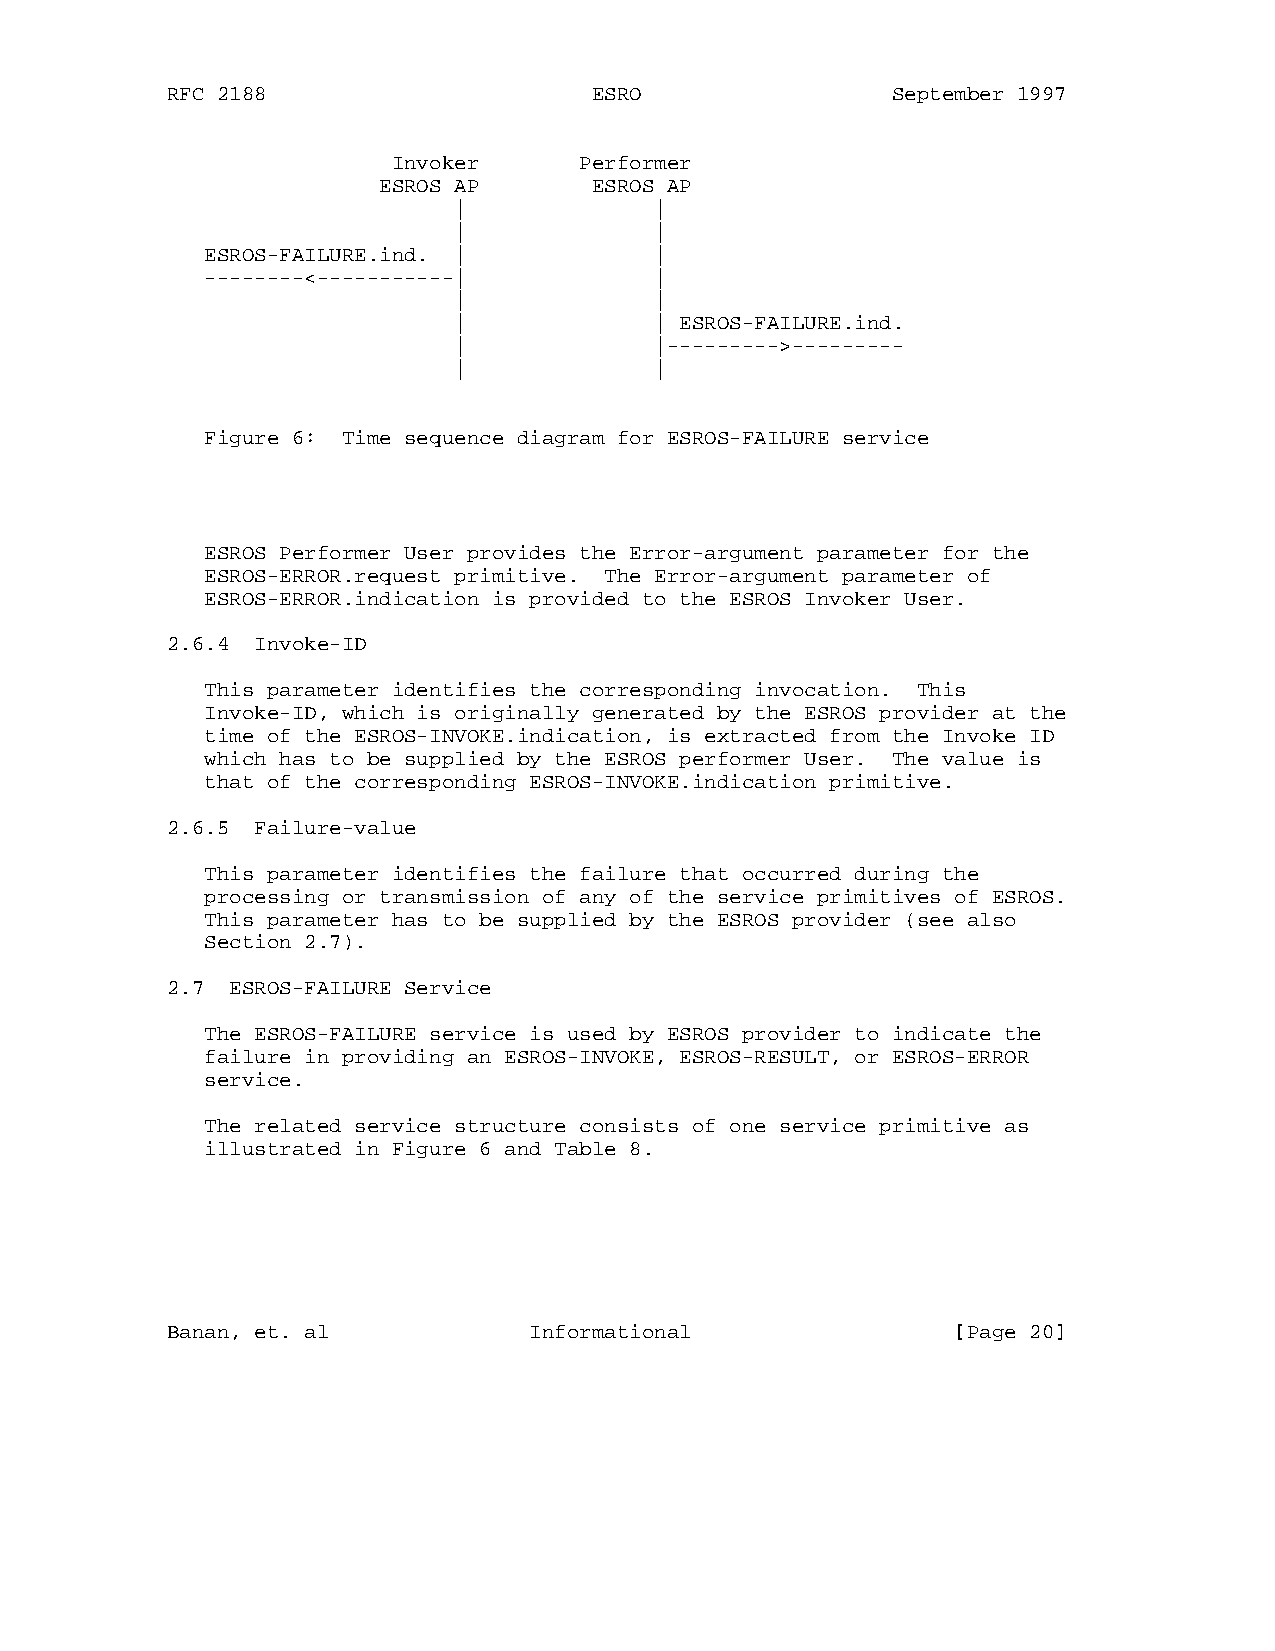
RFC 2188                    ESRO                September 1997
 Invoker     Performer
 ESROS AP      ESROS AP
 |            |
 |            |
 ESROS-FAILURE.ind. |         |
 --------<-----------|        |
 |            |
 |            | ESROS-FAILURE.ind.
 |            |--------->---------
 |            |
 Figure 6: Time sequence diagram for ESROS-FAILURE service
 ESROS Performer User provides the Error-argument parameter for the
 ESROS-ERROR.request primitive. The Error-argument parameter of
 ESROS-ERROR.indication is provided to the ESROS Invoker User.
 2.6.4 Invoke-ID
 This parameter identifies the corresponding invocation. This
 Invoke-ID, which is originally generated by the ESROS provider at the
 time of the ESROS-INVOKE.indication, is extracted from the Invoke ID
 which has to be supplied by the ESROS performer User. The value is
 that of the corresponding ESROS-INVOKE.indication primitive.
 2.6.5 Failure-value
 This parameter identifies the failure that occurred during the
 processing or transmission of any of the service primitives of ESROS.
 This parameter has to be supplied by the ESROS provider (see also
 Section 2.7).
 2.7 ESROS-FAILURE Service
 The ESROS-FAILURE service is used by ESROS provider to indicate the
 failure in providing an ESROS-INVOKE, ESROS-RESULT, or ESROS-ERROR
 service.
 The related service structure consists of one service primitive as
 illustrated in Figure 6 and Table 8.
 Banan, et. al           Informational               [Page 20]